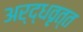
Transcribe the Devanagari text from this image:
अर्द्धवृत्त